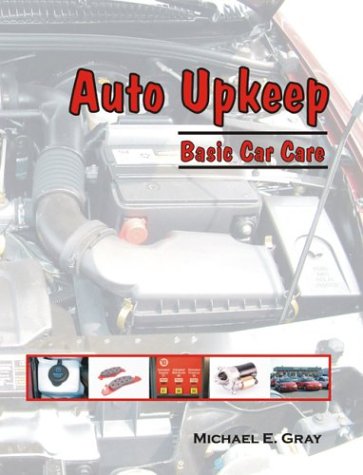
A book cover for Auto Upkeep: Basic Car Care; Michael E. Gray; Test Preparation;